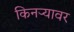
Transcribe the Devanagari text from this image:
किनऱ्यावर